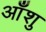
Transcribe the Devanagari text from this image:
आँशु